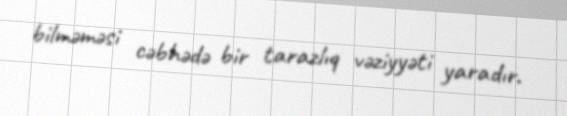
bilməməsi cəbhədə bir tarazlıq vəziyyəti yaradır.